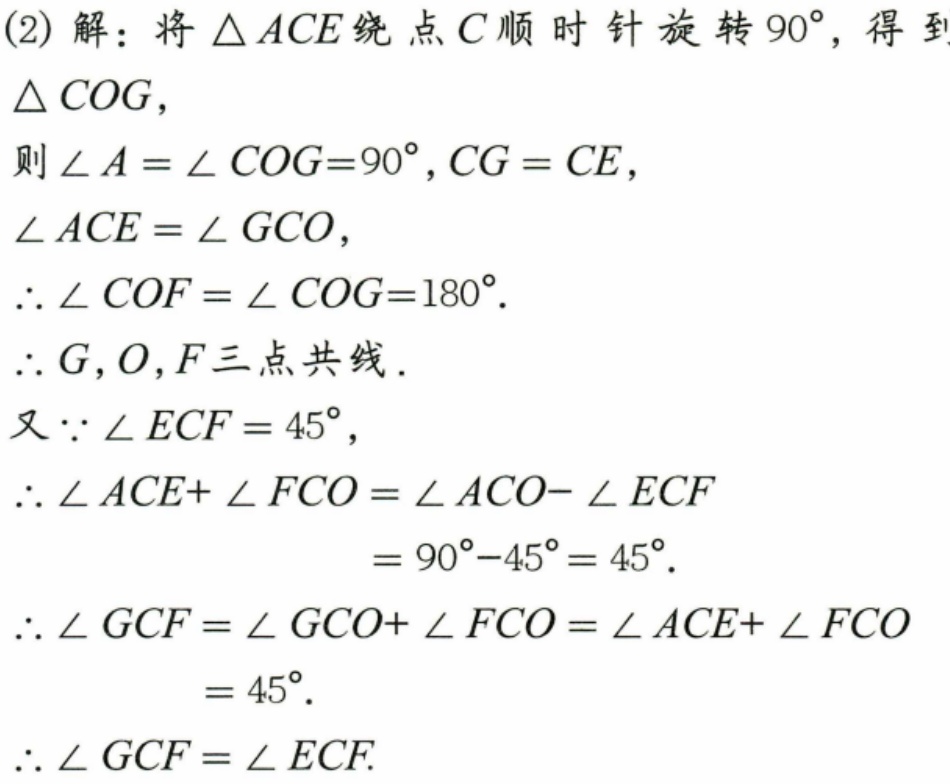
(2) 解：将\(\triangle ACE\)绕点\(C\)顺时针旋转\(90^{\circ}\)，得到\(\triangle COG\)，
则\(\angle A = \angle COG = 90^{\circ}, CG = CE\)，
\(\angle ACE = \angle GCO\)，
\(\therefore \angle COF+\angle COG = 180^{\circ}\).
\(\therefore G,O,F\)三点共线.
又\(\because \angle ECF = 45^{\circ}\)，
\(\therefore \angle ACE+\angle FCO=\angle ACO - \angle ECF\)
\(= 90^{\circ}-45^{\circ}= 45^{\circ}\).
\(\therefore \angle GCF=\angle GCO+\angle FCO=\angle ACE+\angle FCO\)
\(= 45^{\circ}\).
\(\therefore \angle GCF = \angle ECF\).